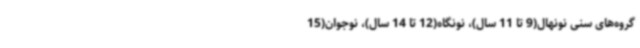
گروه‌های سنی نونهال(9 تا 11 سال)، نونگاه(12 تا 14 سال)، نوجوان(15